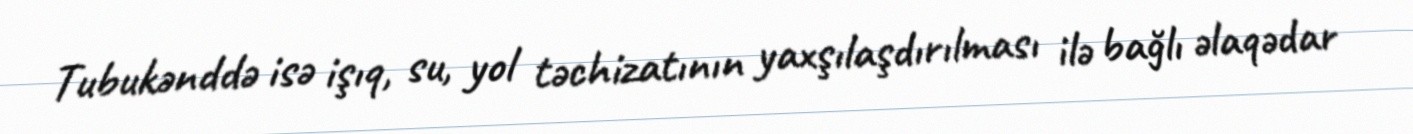
Tubukənddə isə işıq, su, yol təchizatının yaxşılaşdırılması ilə bağlı əlaqədar